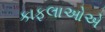
કાફલાઓએ